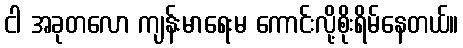
ငါ အခုတလော ကျန်းမာရေးမ ကောင်းလို့စိုးရိမ်နေတယ်။